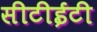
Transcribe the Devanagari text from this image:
सीटीईटी